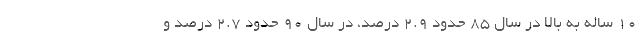
۱۰ ساله به بالا در سال ۸۵ حدود ۲.۹ درصد، در سال ۹۰ حدود ۲.۷ درصد و